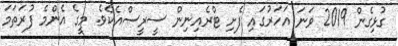
ގުޅިގެން 2019 ވަނަ އަހަރުގައި ފެށި ޓްރެއިނިން ސީރީސްއެކެވެ. މީގެ އެންމެ ފުރަތަމަ